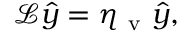
\mathcal { L } \hat { y } = \eta _ { \mathrm { ~ v ~ } } \hat { y } ,